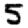
Digit: 5